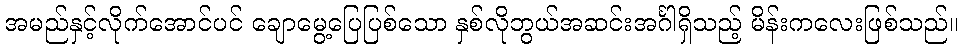
အမည်နှင့်လိုက်အောင်ပင် ချောမွေ့ပြေပြစ်သော နှစ်လိုဘွယ်အဆင်းအင်္ဂါရှိသည့် မိန်းကလေးဖြစ်သည်။